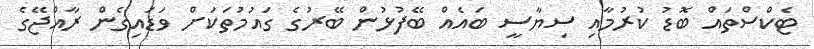
ޓެކްސްތައް ބޮޑު ކުރުމާއި ސިޔާސީ ބައެއް ބޭފުޅުން ބޭރުގެ ގައުމުތަކަށް ވަޑައިގެން ރާއްޖޭގެ